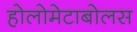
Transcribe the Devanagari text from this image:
होलोमेटाबोलस